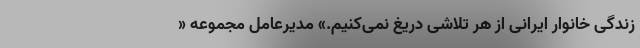
زندگی خانوار ایرانی از هر تلاشی دریغ نمی‌کنیم.» مدیرعامل مجموعه «